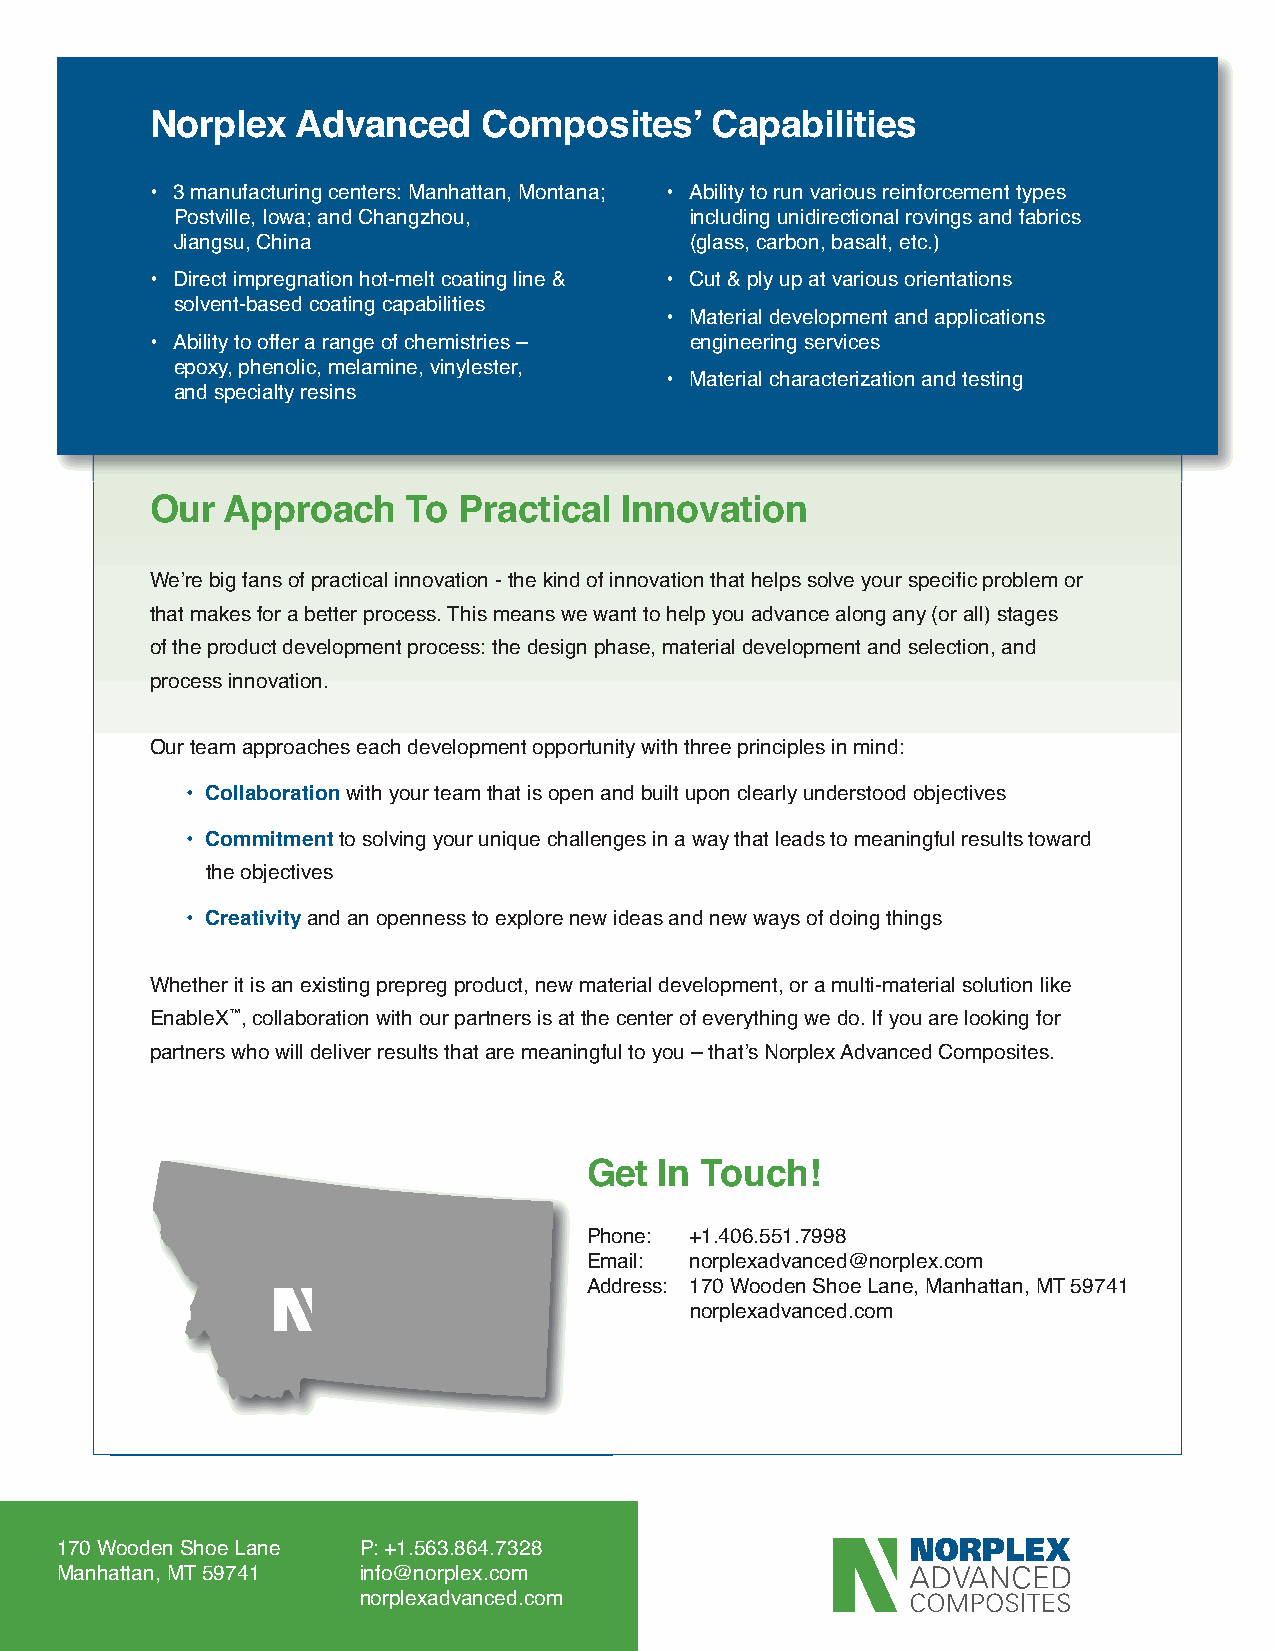
Norplex   Advanced    Composites’    Capabilities
 • 3 manufacturing centers: Manhattan, Montana; • Ability to run various reinforcement types
 Postville, Iowa; and Changzhou,   including unidirectional rovings and fabrics
 Jiangsu, China                    (glass, carbon, basalt, etc.)
 • Direct impregnation hot-melt coating line & • Cut & ply up at various orientations
 solvent-based coating capabilities
 • Material development and applications
 • Ability to offer a range of chemistries – engineering services
 epoxy, phenolic, melamine, vinylester,
 • Material characterization and testing
 and specialty resins
 Our  Approach    To Practical  Innovation
 We’re big fans of practical innovation - the kind of innovation that helps solve your specific problem or
 that makes for a better process. This means we want to help you advance along any (or all) stages
 of the product development process: the design phase, material development and selection, and
 process innovation.
 Our team approaches each development opportunity with three principles in mind:
 • Collaborationwith your team that is open and built upon clearly understood objectives
 • Commitmentto solving your unique challenges in a way that leads to meaningful results toward
 the objectives
 • Creativityand an openness to explore new ideas and new ways of doing things
 Whether it is an existing prepreg product, new material development, or a multi-material solution like
 ™
 EnableX , collaboration with our partners is at the center of everything we do. If you are looking for
 partners who will deliver results that are meaningful to you – that’s Norplex Advanced Composites.
 Get  In Touch!
 Phone: +1.406.551.7998
 Email: norplexadvanced@norplex.com
 Address: 170 Wooden Shoe Lane, Manhattan, MT 59741
 norplexadvanced.com
 170 Wooden Shoe Lane P: +1.563.864.7328
 Manhattan, MT 59741 info@norplex.com
 norplexadvanced.com